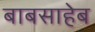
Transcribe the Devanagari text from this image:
बाबसाहेब